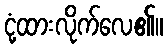
ငုံ့ထားလိုက်လေ၏။